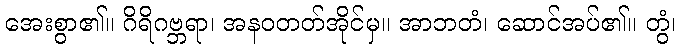
အေးစွာ၏။ ဂိရိဂဗ္ဘရာ၊ အနဝတတ်အိုင်မှ။ အာဘတံ၊ ဆောင်အပ်၏။ တွံ၊